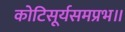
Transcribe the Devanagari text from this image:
कोटिसूर्यसमप्रभ॥